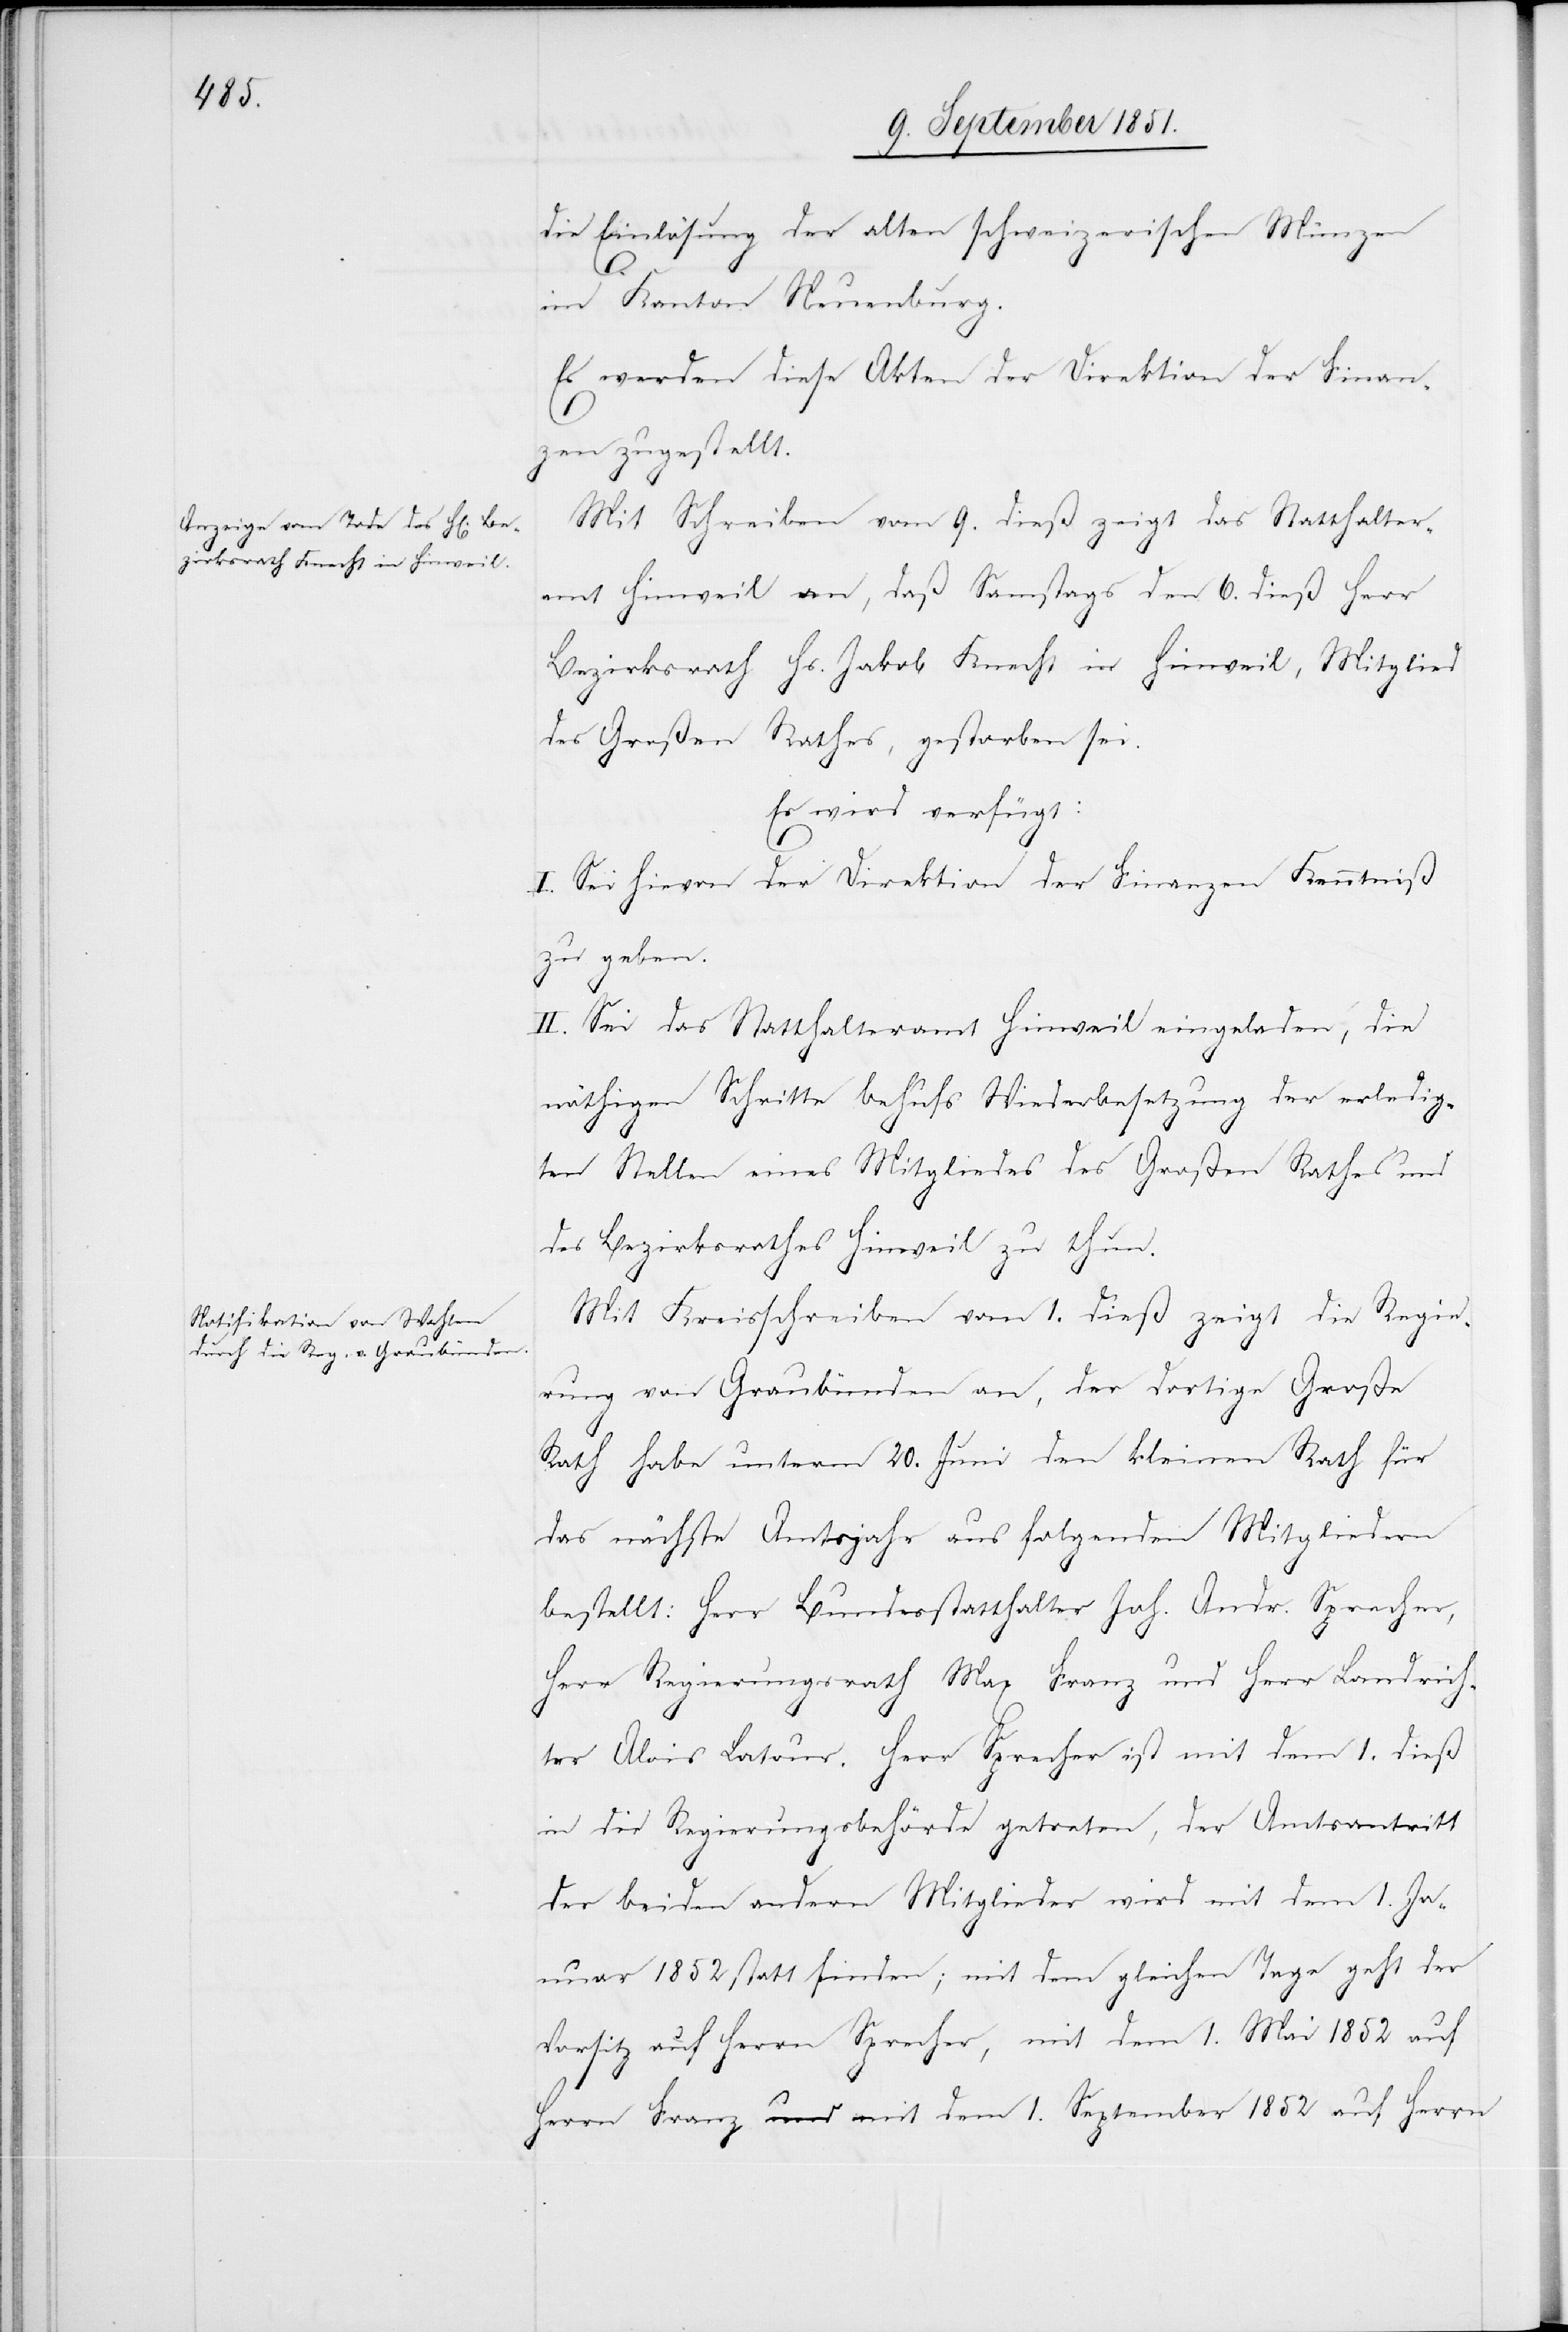
die Einlösung der alten schweizerischen Münzen
11.
im Kanton Neuenburg.
Es werden diese Akten der Direktion der Finan¬
zen zugestellt.
Mit Schreiben vom 9. dieß zeigt das Statthalter¬
amt Hinweil an, daß Samstags den 6. dieß Herr
Bezirksrath Hs. Jakob Knecht in Hinweil, Mitglied
des Großen Rathes, gestorben sei.
Es wird verfügt:
I. Sei hievon der Direktion der Finanzen Kenntniß
zu geben.
II. Sei das Statthalteramt Hinweil eingeladen, die
nöthigen Schritte behufs Wiederbesetzung der erledig¬
ten Stellen eines Mitgliedes des Großen Rathes und
des Bezirksrathes Hinweil zu thun.
Mit Kreisschreiben vom 1. dieß zeigt die Regier¬
ung von Graubünden an, der dortige Große
Rath habe unterm 20. Juni den kleinen Rath für
das nächste Amtsjahr aus folgenden Mitgliedern
bestellt: Herr Bundesstatthalter Joh. Andr. Sprecher,
Herr Regierungsrath Max Franz und Herr Landrich¬
ter Alois Latour. Herr Sprecher ist mit dem 1. dieß
in die Regierungsbehörde getreten, der Amtsantritt
der beiden andern Mitglieder wird mit dem 1. Ja¬
nuar 1852 statt finden; mit dem gleichen Tage geht der
Vorsitz auf Herrn Sprecher, mit dem 1. Mai 1852 auf
Herrn Franz und mit dem 1. September 1852 auf Herrn